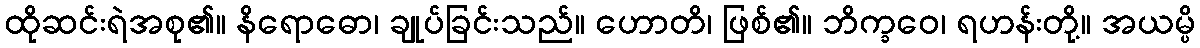
ထိုဆင်းရဲအစု၏။ နိရောဓော၊ ချုပ်ခြင်းသည်။ ဟောတိ၊ ဖြစ်၏။ ဘိက္ခဝေ၊ ရဟန်းတို့။ အယမ္ပိ